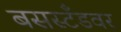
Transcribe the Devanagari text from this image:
बसस्टँडवर